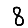
Digit: 8